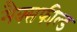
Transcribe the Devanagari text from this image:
मैक्सफील्ड